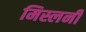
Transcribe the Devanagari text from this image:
मिस्लनी